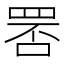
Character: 𦊾